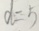
d = 5